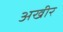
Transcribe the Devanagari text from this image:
अखीर